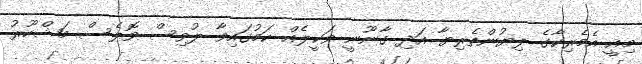
މިއީ އެމެރިކާގެ ލިޔުންތެރިޔާ އަދި ގާނޫނީ ވަކީލެއް ކަމުގައިވާ ލުވިސް ވޮލެސް މަޝްހޫރު